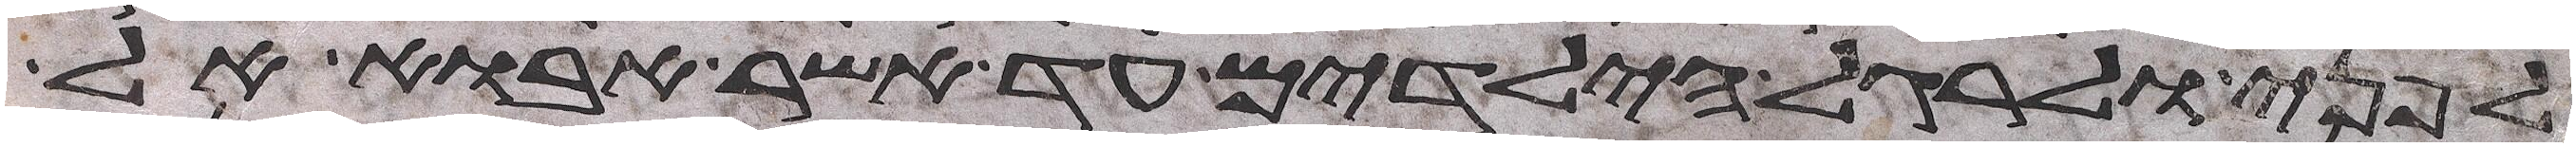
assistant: לפני ולרגל הילדים עד אשר אבוא אל